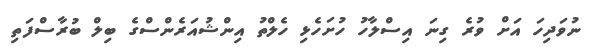
ނުވަދިހަ އަށް ވުރެ ގިނަ އިސްލާހު ހުށަހެޅި ހެލްތު އިންޝުއަރެންސްގެ ބިލް ބުރާސްފަތި